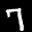
Label: 7